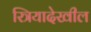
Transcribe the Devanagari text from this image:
स्त्रियादेखील